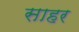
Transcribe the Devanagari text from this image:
साहर